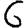
Digit: 6